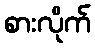
စားလိုက်